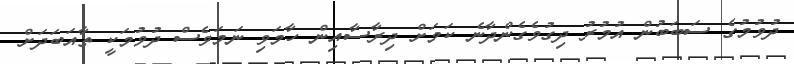
ދުވުމުގެ ސަބަބުން އުމުރު ދިގުވެގެންދާނެ ކަމަށް ދިރާސާއިން ހާމަވި ނަމަވެސް ދުވުމަކީ ތާއަބަދަށް